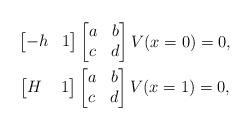
LaTeX: \begin{align*}\begin{gathered}\begin{bmatrix} -h& 1\end{bmatrix} \begin{bmatrix} a&b\\c&d \end{bmatrix}V(x=0) = 0, \\\begin{bmatrix} H& \, \, 1 \end{bmatrix} \begin{bmatrix} a&b\\c&d \end{bmatrix}V(x=1) = 0,\end{gathered}\end{align*}